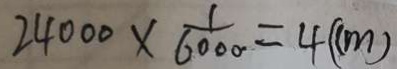
2 4 0 0 0 \times \frac { 1 } { 6 0 0 0 \cdot } = 4 ( c m )